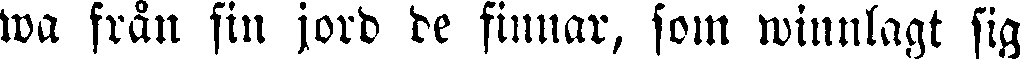
wa från sin jord de finnar, som winnlagt sig